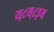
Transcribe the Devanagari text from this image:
य्८य्८इय